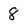
Character: 8